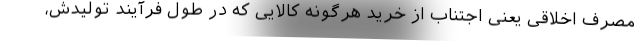
مصرف اخلاقی یعنی اجتناب از خرید هرگونه کالایی که در طول فرآیند تولیدش،